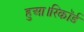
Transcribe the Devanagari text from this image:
हुआ।रिकॉर्ड